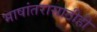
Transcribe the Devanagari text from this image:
भाषांतरासाठीही